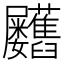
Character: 𦧃